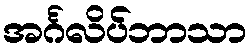
အင်္ဂလိပ်ဘာသာ